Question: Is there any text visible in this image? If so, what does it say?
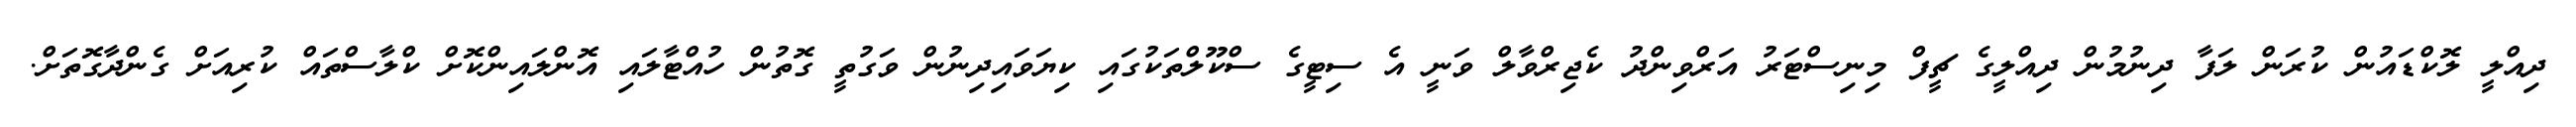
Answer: ދިއްލީ ލޮކްޑައުން ކުރަން ލަފާ ދިނުމުން ދިއްލީގެ ޗީފް މިނިސްޓަރު އަރްވިންދު ކެޖިރްވާލް ވަނީ އެ ސިޓީގެ ސްކޫލްތަކުގައި ކިޔަވައިދިނުން ވަގުތީ ގޮތުން ހުއްޓާލައި އޮންލައިންކޮށް ކްލާސްތައް ކުރިއަށް ގެންދާގޮތަށް.